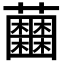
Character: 𧅲